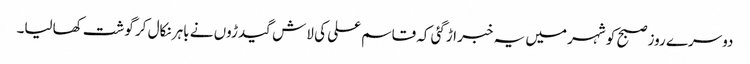
دوسرے روز صبح کو شہر میں یہ خبر اڑگئی کہ قاسم علی کی لاش گیدڑوں نے باہر نکال کر گوشت کھالیا۔